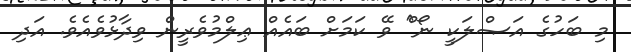
މި ބަހުގެ އަޞްލަކީ ނޯ^ް ވޭ ކަމަށް ބައެއް ޢިލްމުވެރީން ވިދާޅުވެއެވެ. އަދި